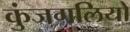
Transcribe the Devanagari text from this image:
कुंजगलियों